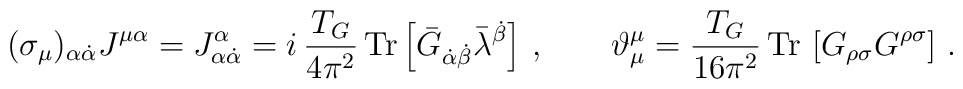
(\sigma_\mu)_{\alpha \dot\alpha}J^{\mu\alpha}=J^\alpha_{\alpha \dot\alpha}=  i\,\frac{T_G }{4\pi^2}\, \mbox{Tr}\left[ \bar G_{\dot\alpha\dot \beta}\bar \lambda^{\dot\beta}\right]\,,\qquad\vartheta^\mu_{\mu}=\frac{T_G }{16\pi^2}\,\mbox{Tr} \,\left[G_{\rho\sigma}G^{\rho\sigma}\right]\,.